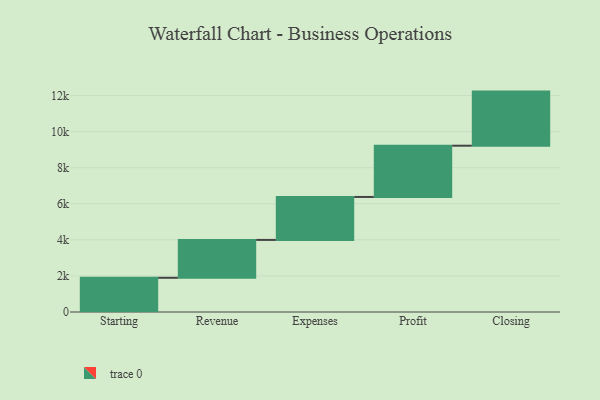
{"axis": {"x": "Step", "y": "Value"}, "legend": [""], "data": [{"x": "Starting", "y": 1897.0, "type": ""}, {"x": "Revenue", "y": 2100.0, "type": ""}, {"x": "Expenses", "y": 2383.0, "type": ""}, {"x": "Profit", "y": 2842.0, "type": ""}, {"x": "Closing", "y": 3000, "type": ""}]}